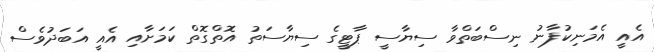
އެއީ އެމަނިކުފާނު ނިސްބަތްވާ ސިޔާސީ ޕާޓީގެ ސިޔާސަތު އޮތްގޮތް ކަމަށާއި އެއީ އަބަދުވެސް